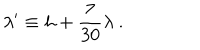
LaTeX: \lambda ^ { \prime } \equiv h + { \frac { 7 } { 3 0 } } \lambda \ .